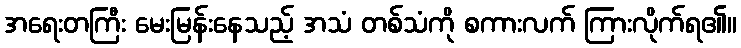
အရေးတကြီး မေးမြန်းနေသည့် အသံ တစ်သံကို စကားလက် ကြားလိုက်ရ၏။